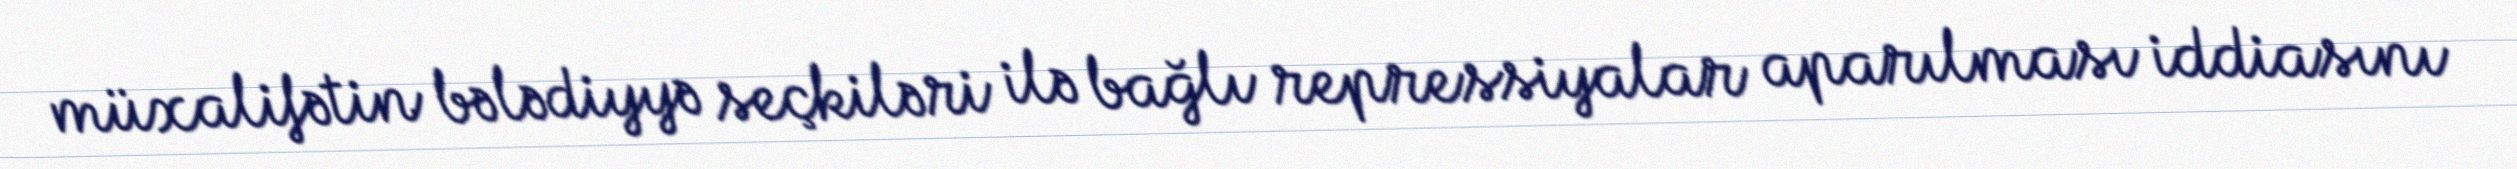
müxalifətin bələdiyyə seçkiləri ilə bağlı repressiyalar aparılması iddiasını